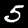
Label: 5